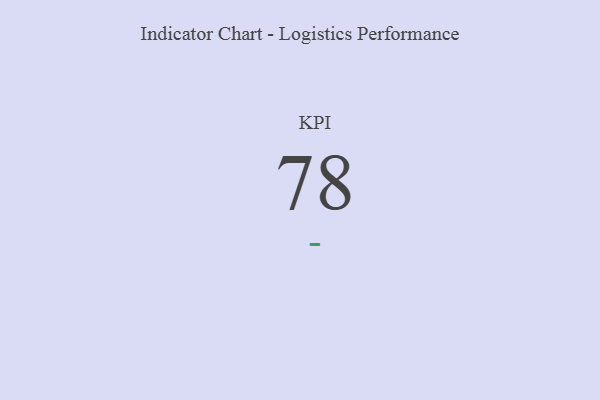
{"axis": {"x": "KPI", "y": "Value"}, "legend": [""], "data": [{"x": "KPI", "y": 78, "type": ""}]}